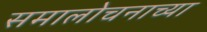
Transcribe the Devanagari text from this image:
समालोचनाच्या